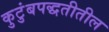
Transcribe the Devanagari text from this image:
कुटुंबपद्धतीतील